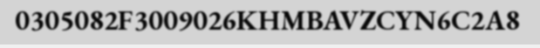
0305082F3009026KHMBAVZCYN6C2A8